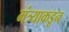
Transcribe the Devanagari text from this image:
मंत्र्याकडून